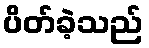
ပိတ်ခဲ့သည်